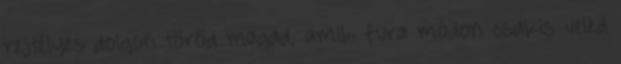
rejtélyes dolgon töröd magad, amik fura módon csakis veled